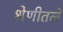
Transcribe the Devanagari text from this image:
श्रेणीतले